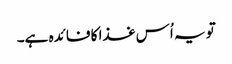
تو یہ اُس غذا کا فائدہ ہے۔